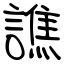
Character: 譙